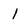
Character: I